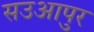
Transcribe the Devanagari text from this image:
सउआपुर